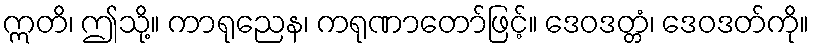
ဣတိ၊ ဤသို့။ ကာရုညေန၊ ကရုဏာတော်ဖြင့်။ ဒေဝဒတ္တံ၊ ဒေဝဒတ်ကို။